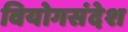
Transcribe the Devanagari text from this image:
वियोगसंदेश